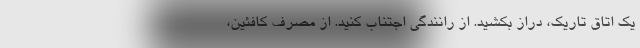
یک اتاق تاریک، دراز بکشید. از رانندگی اجتناب کنید. از مصرف کافئین،